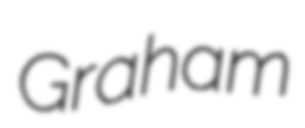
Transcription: Graham